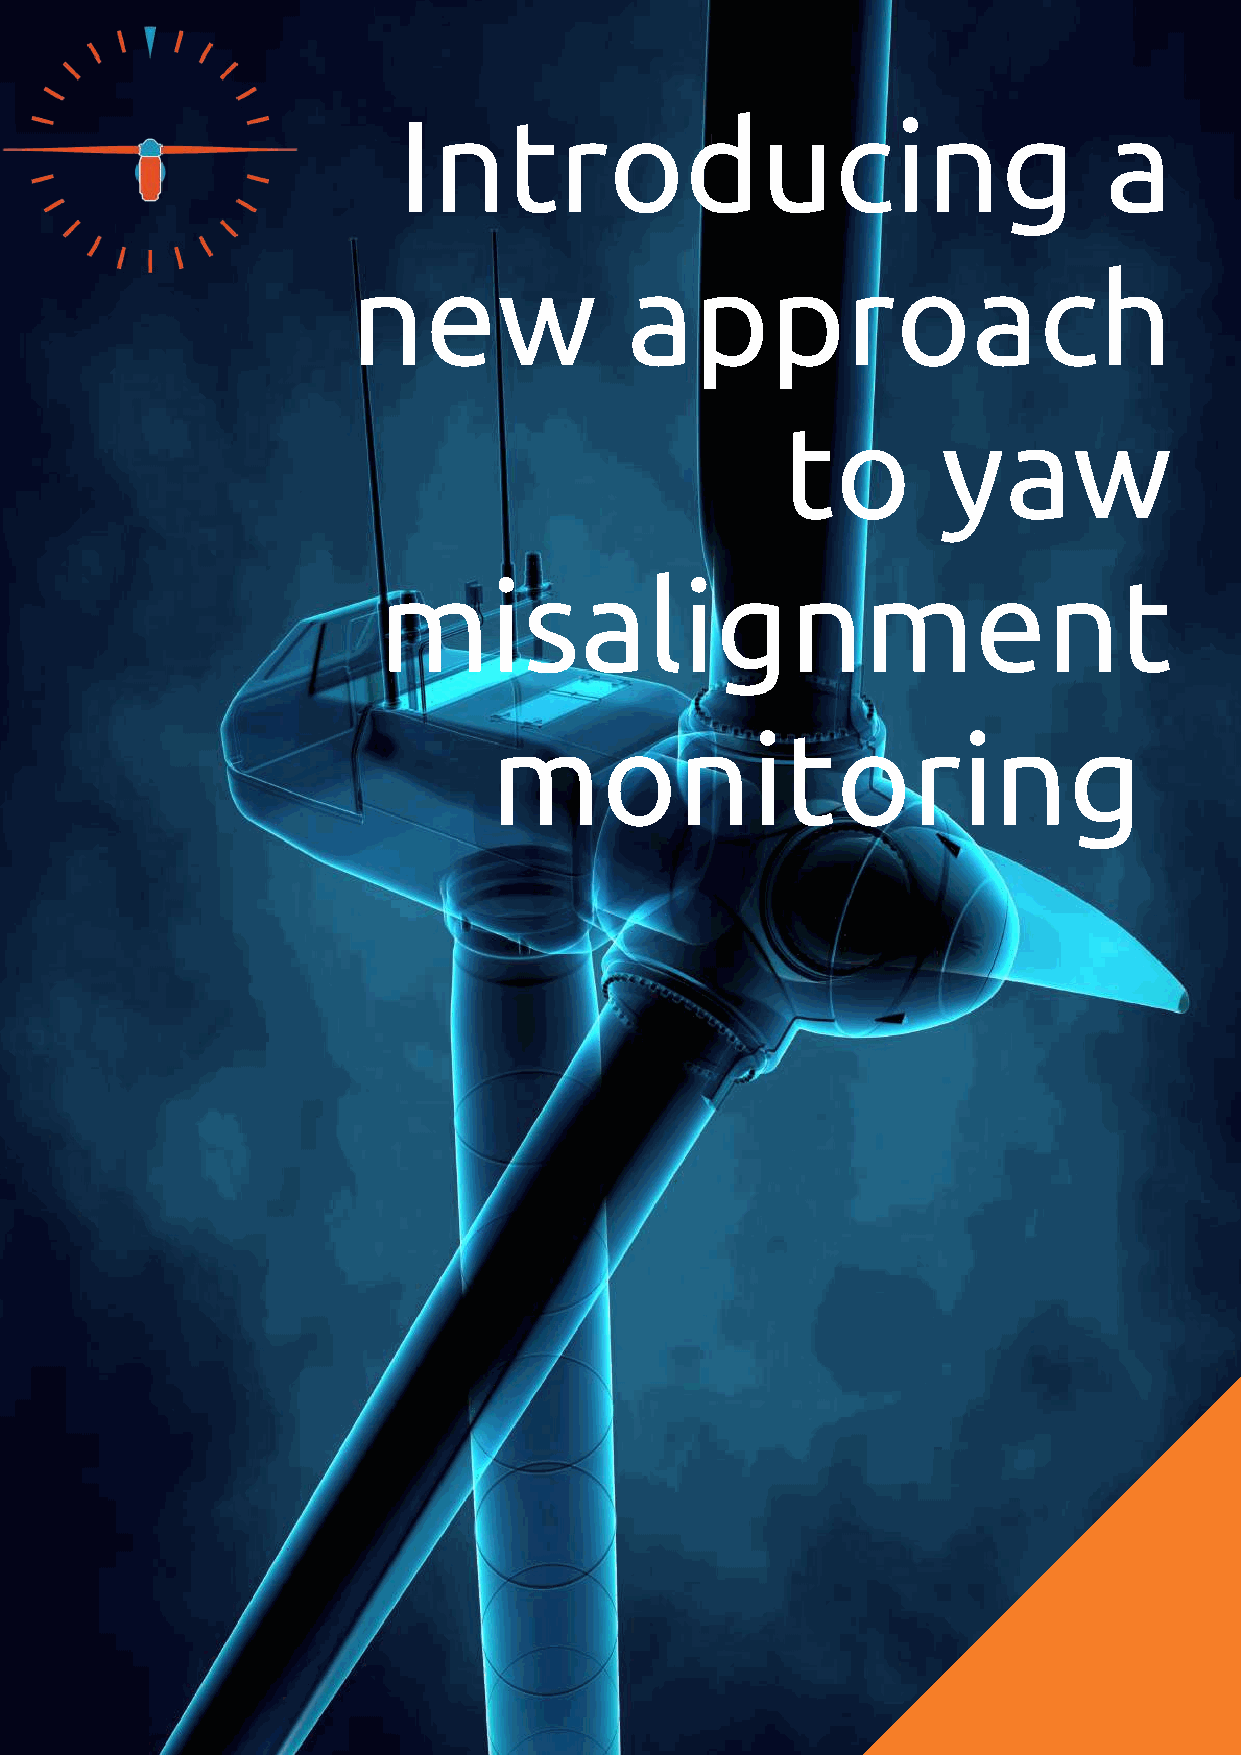
Introducing                                    a
 new               approach
 to        yaw
 misalignment
 monitoring